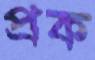
প্রক